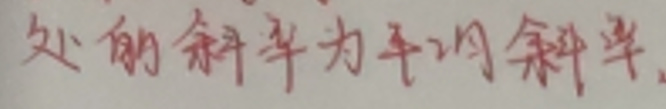
处的斜率为平均斜率.